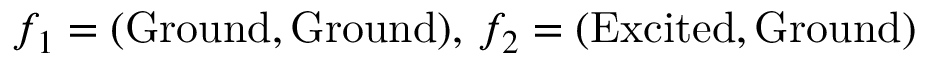
f _ { 1 } = ( \mathrm { G r o u n d } , \mathrm { G r o u n d } ) , \, f _ { 2 } = ( \mathrm { E x c i t e d } , \mathrm { G r o u n d } )